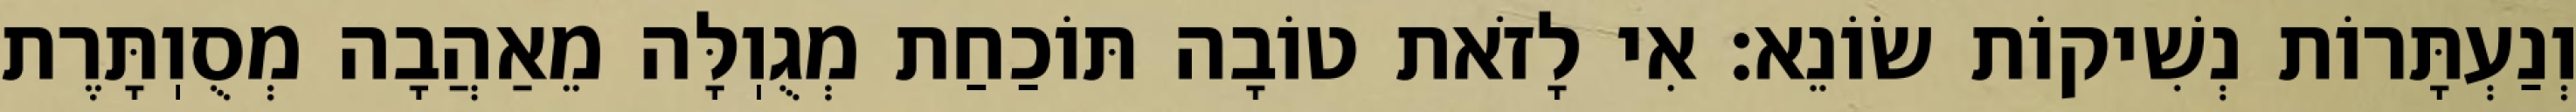
וְנַעְתָּרוֹת נְשִׁיקוֹת שׂוֹנֵא: אִי לָזֹאת טוֹבָה תּוֹכַחַת מְגֻוֽלָּה מֵאַהֲבָה מְסֻוֽתָּרֶת